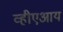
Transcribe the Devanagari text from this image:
व्हीएआय